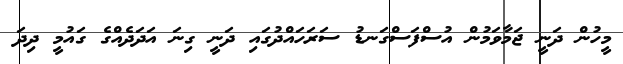
މީހުން ދަނީ ޖަމާވަމުން އުސްފަސްގަނޑު ސަރަހައްދުގައި ދަނީ ގިނަ އަދަދެއްގެ ގައުމީ ދިދަ